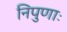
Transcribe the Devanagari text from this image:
निपुणाः